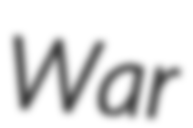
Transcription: War